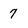
Character: 7